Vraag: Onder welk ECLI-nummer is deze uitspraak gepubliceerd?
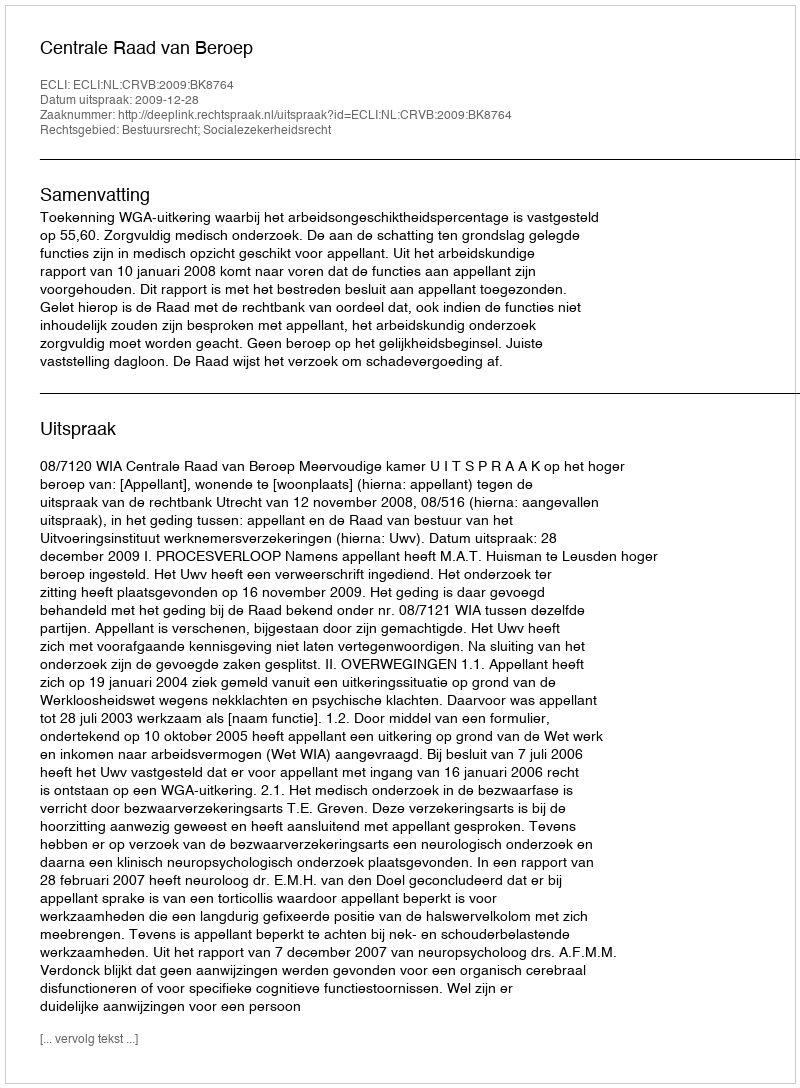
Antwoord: ECLI:NL:CRVB:2009:BK8764